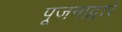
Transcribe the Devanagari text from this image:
पूजनाद्वारे